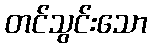
တင်သွင်းသော